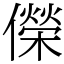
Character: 儝